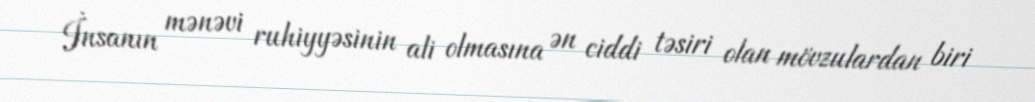
İnsanın mənəvi ruhiyyəsinin ali olmasına ən ciddi təsiri olan mövzulardan biri